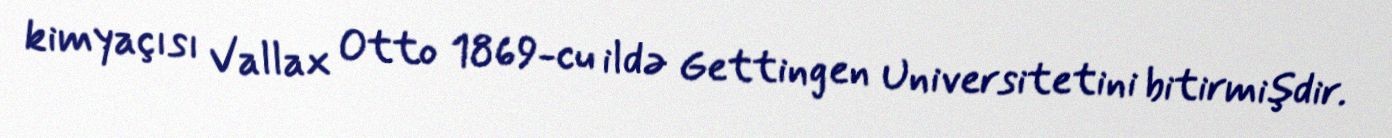
kimyaçısı Vallax Otto 1869-cu ildə Gettingen Universitetini bitirmişdir.